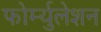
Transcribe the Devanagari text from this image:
फोर्म्युलेशन